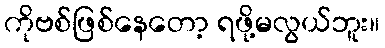
ကိုဗစ်ဖြစ်နေတော့ ရဖို့မလွယ်ဘူး။